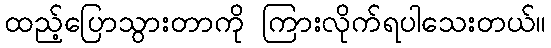
ထည့်ပြောသွားတာကို ကြားလိုက်ရပါသေးတယ်။